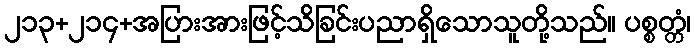
၂၁၃+၂၁၄+အပြားအားဖြင့်သိခြင်းပညာရှိသောသူတို့သည်။ ပစ္စတ္တံ၊